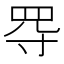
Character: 㝶